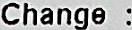
CHANGE :